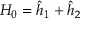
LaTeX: H _ { 0 } = { \hat { h } } _ { 1 } + { \hat { h } } _ { 2 }